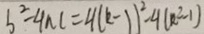
b ^ { 2 } - 4 n c = 4 ( k - 1 ) ^ { 2 } - 4 ( R ^ { 2 } - 1 )